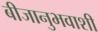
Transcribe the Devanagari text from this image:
बीजानुभवाशी